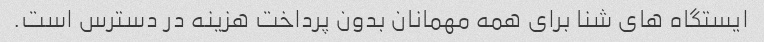
ایستگاه های شنا برای همه مهمانان بدون پرداخت هزینه در دسترس است.